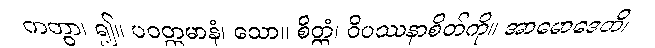
ကတွာ၊ ၍။ ပဝတ္တမာနံ၊ သော။ စိတ္တံ၊ ဝိပဿနာစိတ်ကို။ အာမောဒေတိ၊